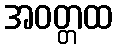
အဝတ္တထ